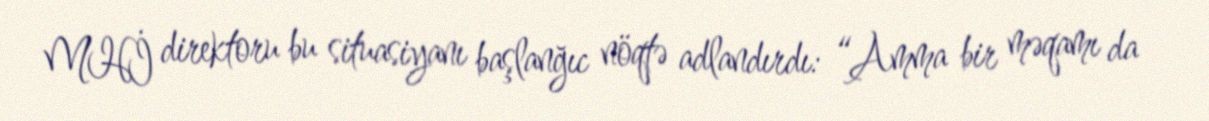
MHİ direktoru bu situasiyanı başlanğıc nöqtə adlandırdı: “Amma bir məqamı da